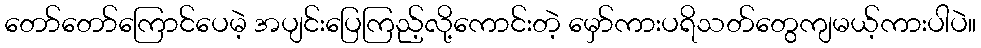
တော်တော်ကြောင်ပေမဲ့ အပျင်းပြေကြည့်လို့ကောင်းတဲ့ မှော်ကားပရိသတ်တွေကျမယ့်ကားပါပဲ။